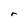
Character: r